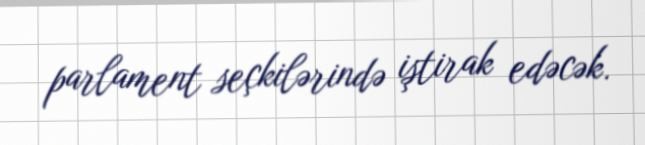
parlament seçkilərində iştirak edəcək.